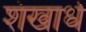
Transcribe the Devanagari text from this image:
शंखार्ध